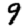
Digit: 9